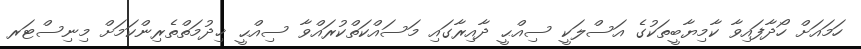
ހަމައަށް ހޯދާފައިވާ ކާމިޔާބީތަކުގެ އަސްލަކީ ސިއްޙީ ދާއިރާގައި މަސައްކަތްކުރައްވާ ސިއްޙީ ޚިދުމަތްތެރިންކަމަށް މިނިސްޓަރ